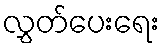
လွှတ်ပေးရေး